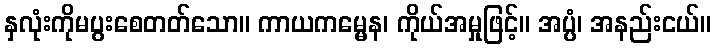
နှလုံးကိုမပွးစေတတ်သော။ ကာယကမ္မေန၊ ကိုယ်အမှုဖြင့်။ အပ္ပံ၊ အနည်းငယ်။